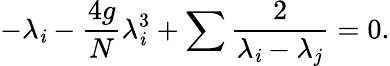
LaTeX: -\lambda_{\mathit{i}}-{\frac{{4g}}{{N}}}\lambda_{\mathit{i}}^{3}+\sum{\frac{{2}}{{\lambda_{\mathit{i}}-\lambda_{j}}}}=0.